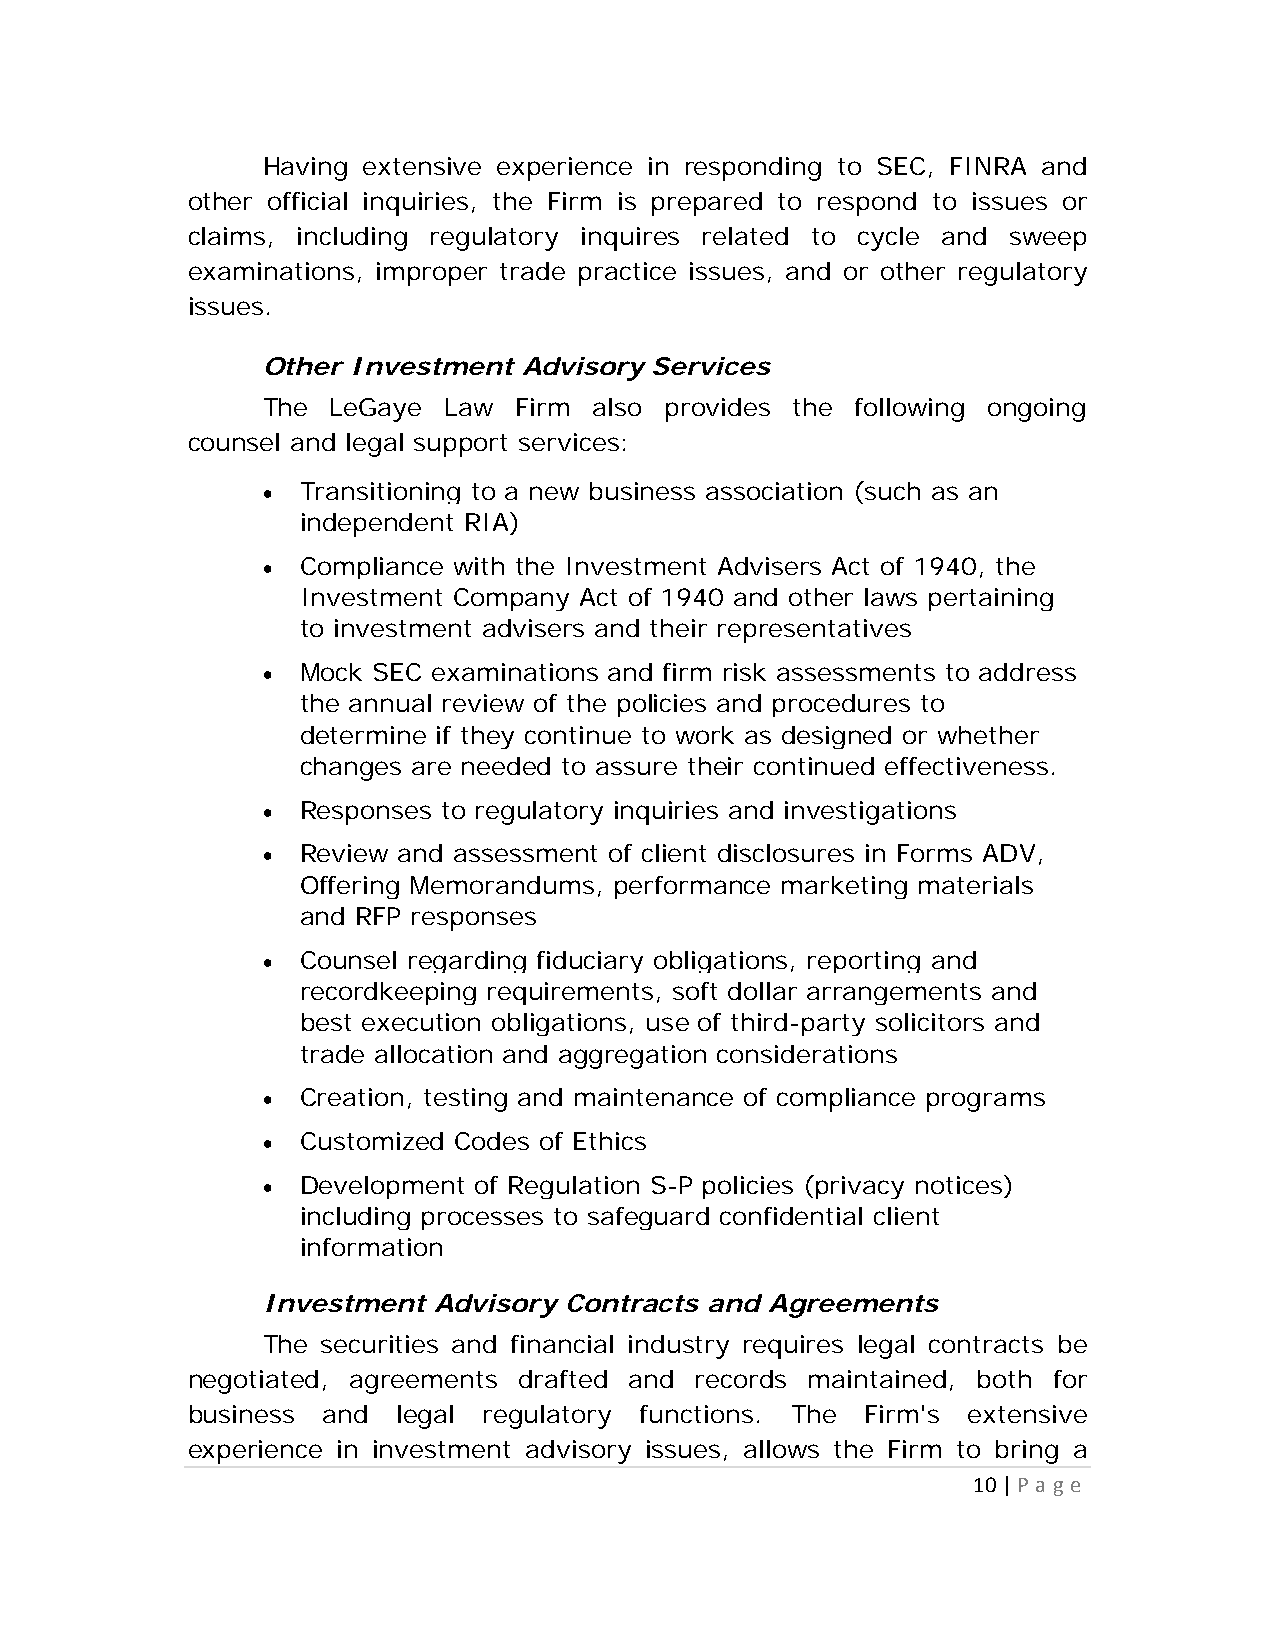
Having extensive experience in responding to SEC, FINRA and
 other official inquiries, the Firm is prepared to respond to issues or
 claims, including regulatory inquires related to cycle and sweep
 examinations, improper trade practice issues, and or other regulatory
 issues.
 Other Investment  Advisory Services
 The  LeGaye Law  Firm also provides the following ongoing
 counsel and legal support services:
   Transitioning to a new business association (such as an
 independent RIA)
   Compliance with the Investment Advisers Act of 1940, the
 Investment Company Act of 1940 and other laws pertaining
 to investment advisers and their representatives
   Mock SEC examinations and firm risk assessments to address
 the annual review of the policies and procedures to
 determine if they continue to work as designed or whether
 changes are needed to assure their continued effectiveness.
   Responses to regulatory inquiries and investigations
   Review and assessment of client disclosures in Forms ADV,
 Offering Memorandums, performance marketing materials
 and RFP responses
   Counsel regarding fiduciary obligations, reporting and
 recordkeeping requirements, soft dollar arrangements and
 best execution obligations, use of third-party solicitors and
 trade allocation and aggregation considerations
   Creation, testing and maintenance of compliance programs
   Customized Codes of Ethics
   Development of Regulation S-P policies (privacy notices)
 including processes to safeguard confidential client
 information
 Investment  Advisory Contracts and Agreements
 The securities and financial industry requires legal contracts be
 negotiated, agreements drafted and records maintained, both for
 business and  legal regulatory functions. The Firm's extensive
 experience in investment advisory issues, allows the Firm to bring a
 10 | P a g e